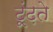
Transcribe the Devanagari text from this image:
ढ़ूंढ़ते